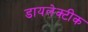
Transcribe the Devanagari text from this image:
डायलेक्टीक